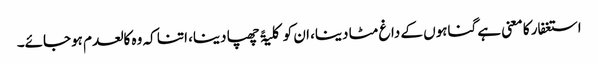
استغفار کا معنی ہے گناہوں کے داغ مٹا دینا، ان کو کلیۃً چھپا دینا، اتنا کہ وہ کالعدم ہوجائے۔